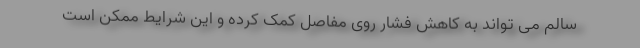
سالم می تواند به کاهش فشار روی مفاصل کمک کرده و این شرایط ممکن است